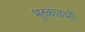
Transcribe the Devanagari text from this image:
भूतकाळाशी